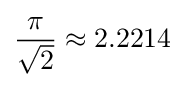
{\frac {\pi }{\sqrt {2}}}\approx 2.2214